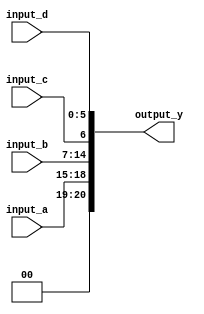
module concatenation_example (
    input wire [3:0] input_a,    // 4-bit input
    input wire [7:0] input_b,    // 8-bit input
    input wire input_c,          // 1-bit input
    input wire [5:0] input_d,    // 6-bit input
    output wire [20:0] output_y   // Concatenated output (4 + 8 + 1 + 6 = 19 bits)
);

// Continuous assignment for concatenation
assign output_y = {input_a, input_b, input_c, input_d};

endmodule